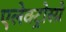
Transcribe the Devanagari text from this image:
एलेक्ट्रोस्प्रे